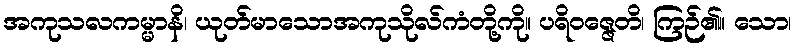
အကုသလကမ္မာနိ၊ ယုတ်မာသောအကုသိုလ်ကံတို့ကို။ ပရိဝဇ္ဇေတိ၊ ကြဉ်၏။ သော၊